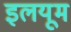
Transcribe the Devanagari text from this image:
इलयूम